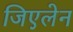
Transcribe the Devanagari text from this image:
जिएलेन